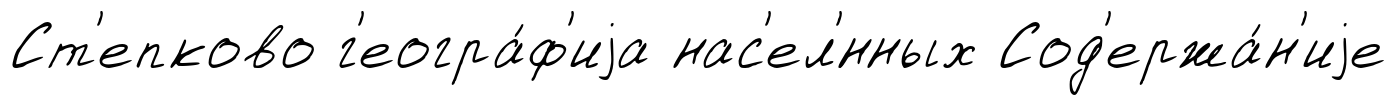
Ст'епково г'еогра́ф'иjа нас'ел'́нных Сод'ержа́н'иjе